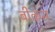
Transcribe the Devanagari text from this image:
बीकंस